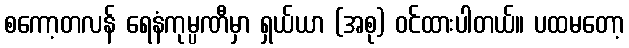
စကော့တလန် ရေနံကုမ္ပဏီမှာ ရှယ်ယာ (အစု) ဝင်ထားပါတယ်။ ပထမတော့